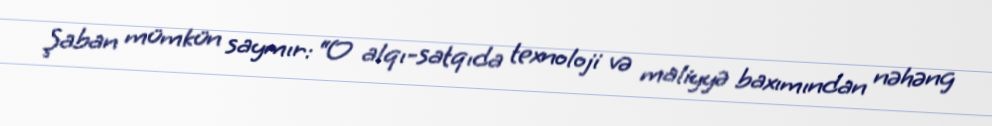
Şaban mümkün saymır: “O alqı-satqıda texnoloji və maliyyə baxımından nəhəng